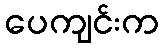
ပေကျင်းက